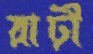
রাঢ়ী